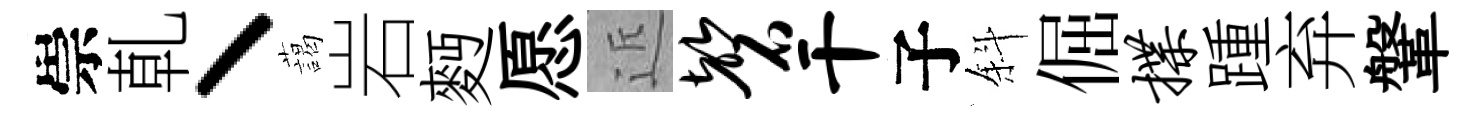
崇乹丶藹岩麪愿近磬干子斜倔揲踵弃鞶